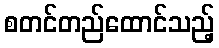
စတင်တည်ထောင်သည့်